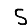
Digit: 5